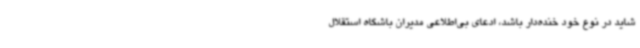
شاید در نوع خود خنده‌دار باشد، ادعای بی‌اطلاعی مدیران باشگاه استقلال